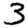
Digit: 3